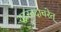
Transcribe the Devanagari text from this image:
शूद्रस्तदाचरेत्